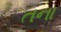
તના